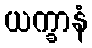
ယက္ခာနံ